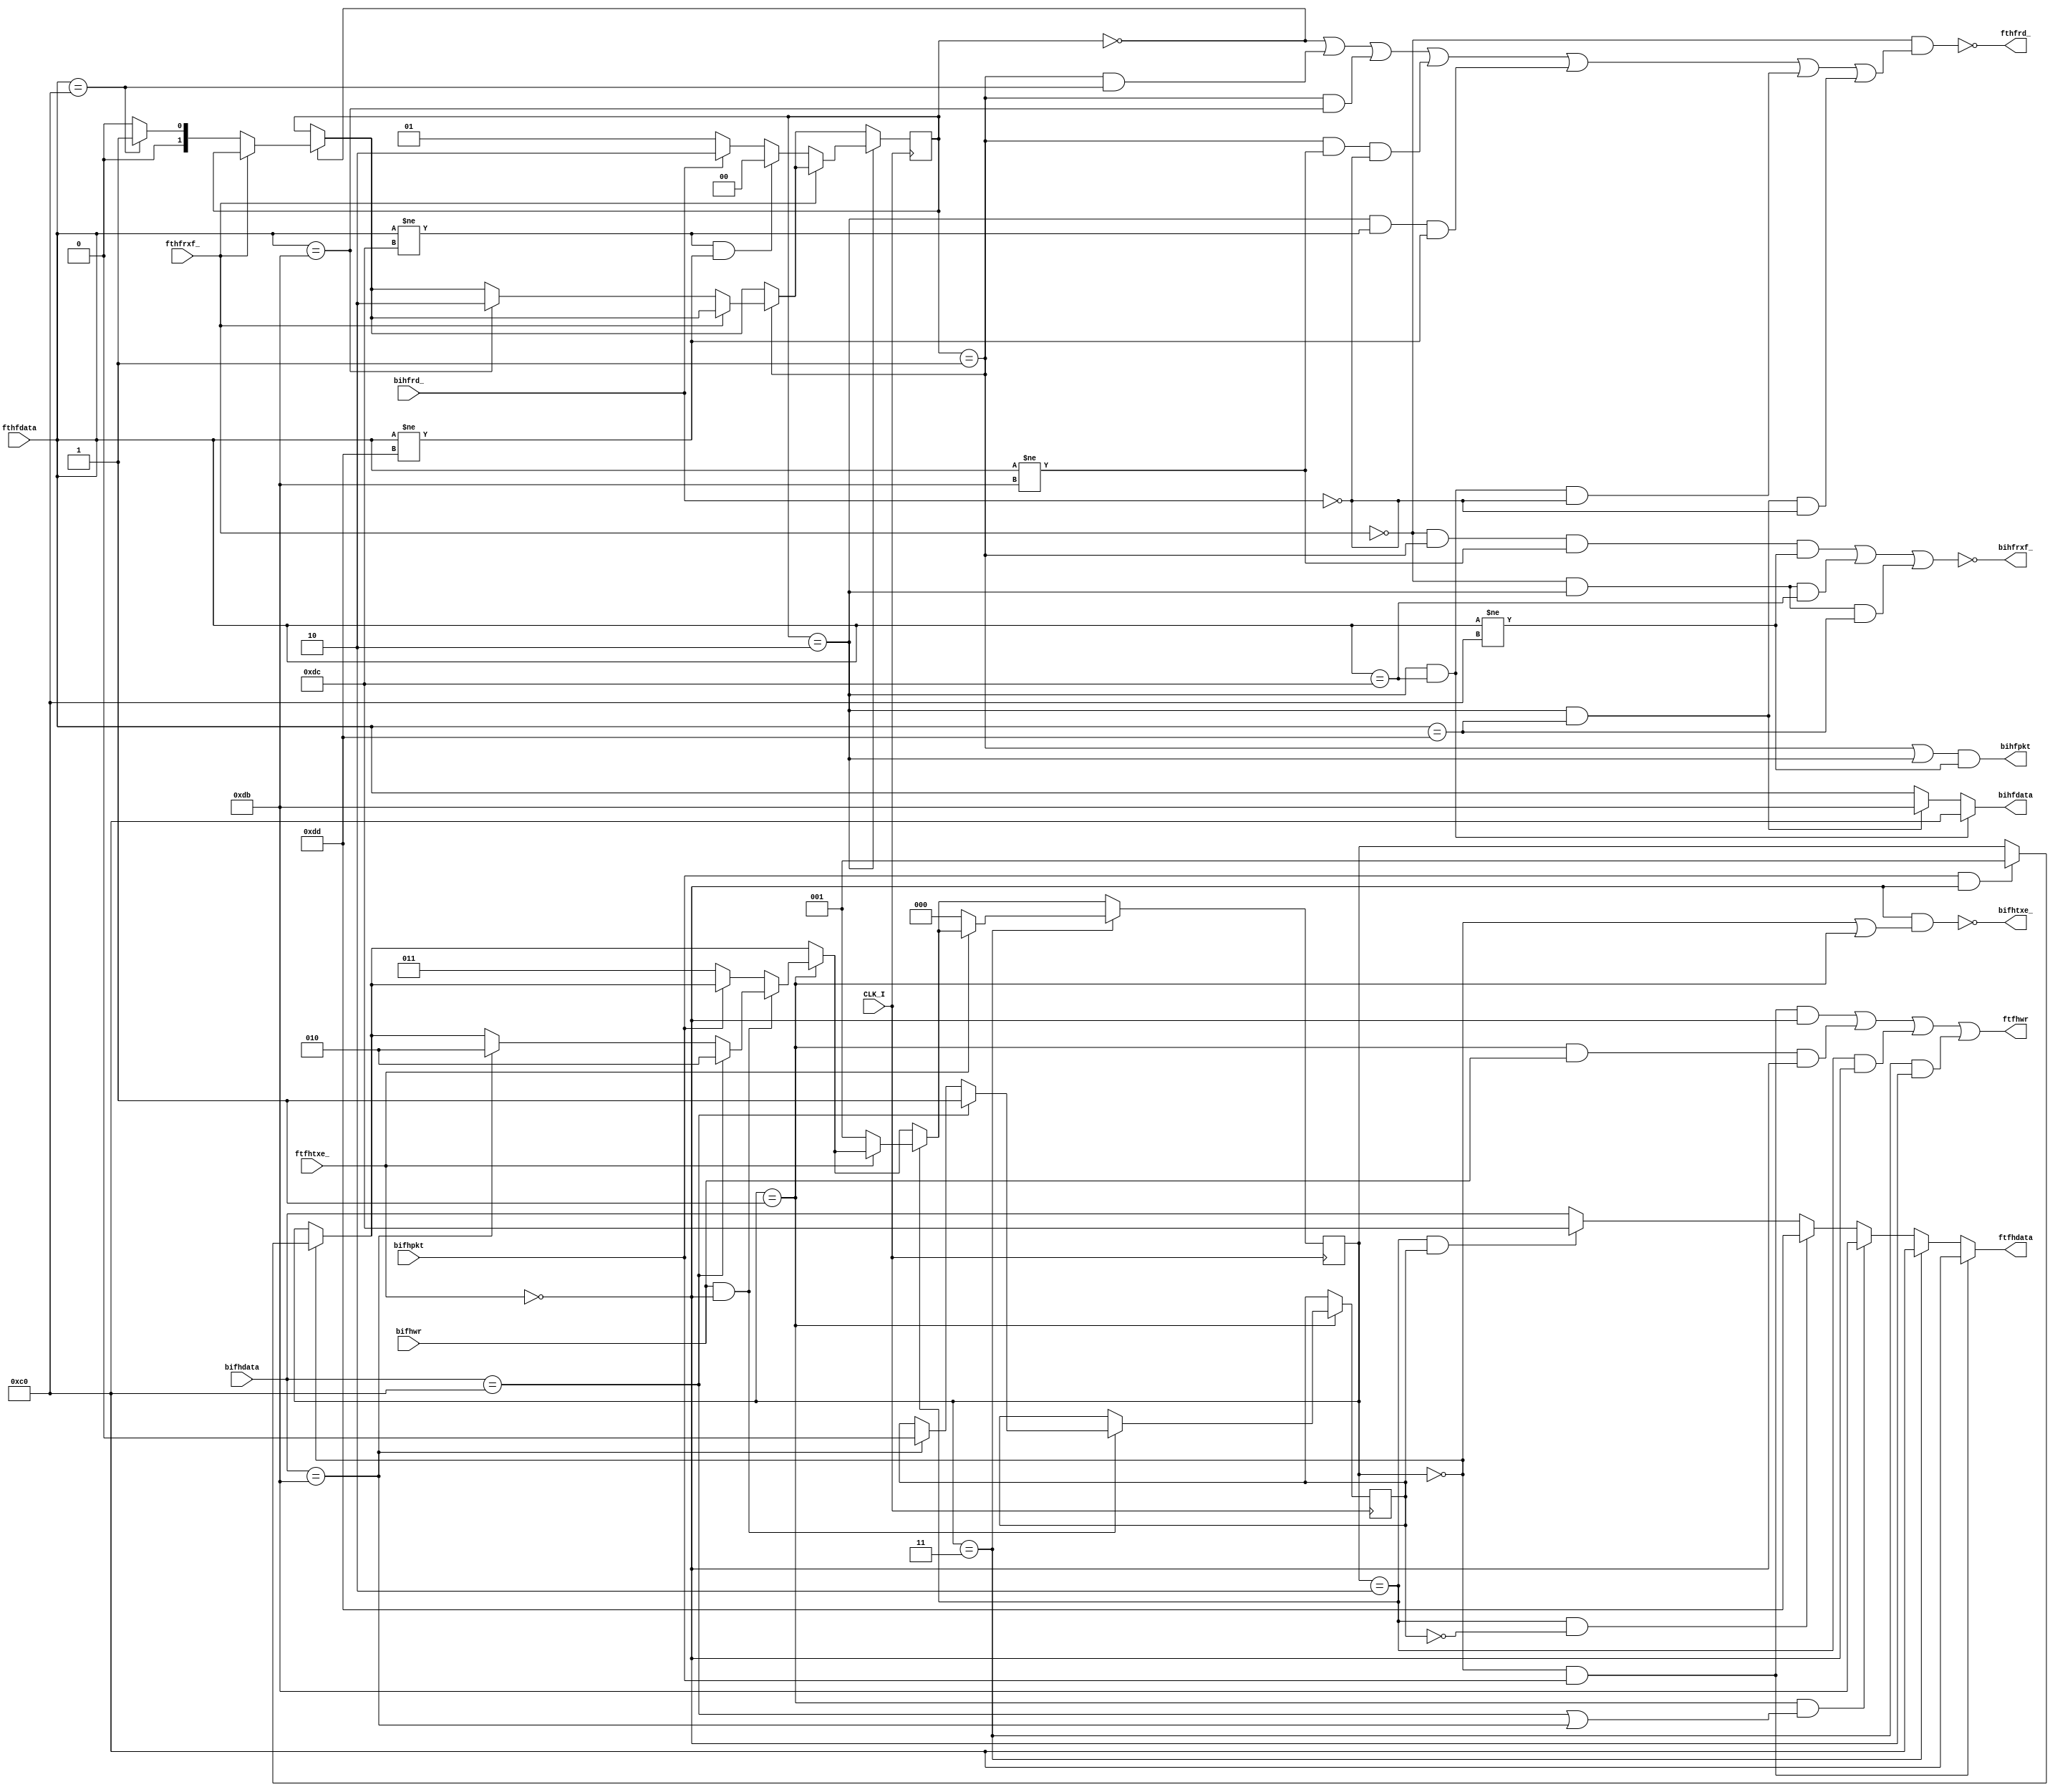
// *********************************************************
// Copyright (c) 2020 Demand Peripherals, Inc.
// 
// This file is licensed separately for private and commercial
// use.  See LICENSE.txt which should have accompanied this file
// for details.  If LICENSE.txt is not available please contact
// support@demandperipherals.com to receive a copy.
// 
// In general, you may use, modify, redistribute this code, and
// use any associated patent(s) as long as
// 1) the above copyright is included in all redistributions,
// 2) this notice is included in all source redistributions, and
// 3) this code or resulting binary is not sold as part of a
//    commercial product.  See LICENSE.txt for definitions.
// 
// DPI PROVIDES THE SOFTWARE "AS IS," WITHOUT WARRANTIES OR
// CONDITIONS OF ANY KIND, EITHER EXPRESS OR IMPLIED, INCLUDING
// WITHOUT LIMITATION ANY WARRANTIES OR CONDITIONS OF TITLE,
// NON-INFRINGEMENT, MERCHANTABILITY, OR FITNESS FOR A PARTICULAR
// PURPOSE.  YOU ARE SOLELY RESPONSIBLE FOR DETERMINING THE
// APPROPRIATENESS OF USING OR REDISTRIBUTING THE SOFTWARE (WHERE
// ALLOWED), AND ASSUME ANY RISKS ASSOCIATED WITH YOUR EXERCISE OF
// PERMISSIONS UNDER THIS AGREEMENT.
// 
// This software may be covered by US patent #10,324,889. Rights
// to use these patents is included in the license agreements.
// See LICENSE.txt for more information.
// *********************************************************

//////////////////////////////////////////////////////////////////////////
//
//  Description:  This modules converts the data stream to and from
//       a bus interface to a SLIP encoded data stream.  This module
//       sits between the FT245 USB interface and the bus interface
//       module.  Lines going to the bus interface are prefaces with
//       "bi" while those to the FT245 are prefaced with "ft".
//
/////////////////////////////////////////////////////////////////////////

/////////////////////////////////////////////////////////////////////////
//
//  SLIP:
//      SLIP_END is decimal 192,  SLIP_ESC is decimal 219.
//  Rules:
//    -- Start and end a packet with END
//    -- In packet, replace END with ESC, 220
//    -- In packet, replace ESC with ESC, 221
//    -- Error on ESC not followed by 220 or 221, abort packet
//
`define SLIP_END             8'd192
`define SLIP_ESC             8'd219
`define INPKT_END            8'd220
`define INPKT_ESC            8'd221


/////////////////////////////////////////////////////////////////////////
//
//  There are really two separate state machines in this module, one for
//  the SLIP decoder and one for the SLIP encoder.  

//  The major states for the decoder are Waiting_For_Packet_End,
//  In_Packet, and In_ESC.  Waiting_For_Packet_End is the initial state
//  and is used to handle a protocol violations where we just want to
//  abort the current packet.
//
//  Waiting for the end of the current packet
`define HF_WT_END           2'h0
//  In Packet waiting for RXF_ and the interface receiver to empty
`define HF_IN_PKT           2'h1
//  In packet and got an ESC, get next character (should be 220 or 221)
`define HF_IN_ESC           2'h2



//  The convention below is that "ft" refers to the FT245 side of the
//  interface, "bi" refers to the Bus Interface side, "hf" refers to
//  the host-to-FPGA direction, and "fh" refers to the FPGA-to-host
//  direction.  Basically we want to pass the fthf data to the bihf
//  side and the bifh data to the ftfh side.  
//
module slip(CLK_I, fthfdata, fthfrxf_, fthfrd_, bihfdata, bihfrxf_, bihfrd_, bihfpkt,
            ftfhdata, ftfhtxe_, ftfhwr, bifhdata, bifhtxe_, bifhwr, bifhpkt);
    input  CLK_I;            // system clock
    // FT245 side in the host-to-FPGA direction
    input  [7:0] fthfdata;   // Data in from the FT245
    input  fthfrxf_;         // Receiver full (not) at fthf port.  Data valid
    output fthfrd_;          // Read the new data, latch on clk rising edge
    // Bus Interface side in the host-to-FPGA direction
    output [7:0] bihfdata;   // Data out to the bus interface
    output bihfrxf_;         // Receiver full (not) at bihf port
    input  bihfrd_;          // Read the new data, latched on clk rising edge
    output bihfpkt;          // ==1 if in a packet.  Rising edge == new pkt
    // FT245 side in the FPGA-to-host direction
    output [7:0] ftfhdata;   // Data out to the FT245
    input  ftfhtxe_;         // Transmitter empty (not) at ftfh port
    output ftfhwr;           // Write the new data, latch on clk rising edge
    // Bus Interface side in the FPGA-to-host direction
    input  [7:0] bifhdata;   // Data in from the bus interface
    output bifhtxe_;         // Transmitter empty (not) at bifh port
    input  bifhwr;           // Take the new data, latched on clk rising edge
    input  bifhpkt;          // ==1 if in a packet.  Rising edge == new pkt

    reg  [1:0] hfstate;      // state of the host-to-FPGA data path

    initial
    begin
        hfstate = `HF_WT_END;    // clear out garbage in the USB fifo
    end


    //  The host-to-FPGA path has a SLIP decoder
    always @(posedge CLK_I)
    begin
        //  Waiting for the end of the current packet
        if (hfstate == `HF_WT_END)
        begin
            if (fthfrxf_ == 0)
            begin
                hfstate <= (fthfdata == `SLIP_END) ? `HF_IN_PKT : `HF_WT_END;
            end
        end
        //  In Packet waiting for new character from the Host to the Fpga 
        if (hfstate == `HF_IN_PKT)
        begin
            if (fthfrxf_ == 0)
            begin
                if (fthfdata == `SLIP_ESC)
                    hfstate <= `HF_IN_ESC;
            end
        end
        //  In packet and got an ESC, get next character (should be 220 or 221)
        if (hfstate == `HF_IN_ESC)
        begin
            if (fthfrxf_ == 0)
            begin
                if ((fthfdata != `INPKT_END) && (fthfdata != `INPKT_ESC))
                begin
                    hfstate <= `HF_WT_END;
                end
                else
                    hfstate <= (bihfrd_ == 0) ? `HF_IN_PKT : `HF_IN_ESC;
            end
        end
    end

    assign bihfpkt = (((hfstate == `HF_IN_PKT) || (hfstate == `HF_IN_ESC)) && (fthfdata != `SLIP_END));
    assign bihfdata = (((hfstate == `HF_IN_ESC) && (fthfdata == `INPKT_END)) ?  `SLIP_END :
                       (((hfstate == `HF_IN_ESC) && (fthfdata == `INPKT_ESC)) ?  `SLIP_ESC :
                       fthfdata));
    assign fthfrd_ = ~((fthfrxf_ == 0) &&
                       ((hfstate == `HF_WT_END) ||
                        ((hfstate == `HF_IN_PKT) && (fthfdata == `SLIP_END)) ||
                        ((hfstate == `HF_IN_PKT) && (fthfdata == `SLIP_ESC)) ||
                        ((hfstate == `HF_IN_PKT) && (fthfdata != `SLIP_ESC) && (bihfrd_ == 0)) ||
                        ((hfstate == `HF_IN_ESC) && (fthfdata != `INPKT_END) && (fthfdata != `INPKT_ESC)) ||
                        ((hfstate == `HF_IN_ESC) && (fthfdata == `INPKT_END) && (bihfrd_ == 0)) ||
                        ((hfstate == `HF_IN_ESC) && (fthfdata == `INPKT_ESC) && (bihfrd_ == 0)) 
                       ));
    assign bihfrxf_ = ~(((fthfrxf_ == 0) && (hfstate == `HF_IN_PKT) && (fthfdata != `SLIP_ESC)
                                                                && (fthfdata != `SLIP_END)) ||
                        ((fthfrxf_ == 0) && (hfstate == `HF_IN_ESC) && (fthfdata == `INPKT_END)) ||
                        ((fthfrxf_ == 0) && (hfstate == `HF_IN_ESC) && (fthfdata == `INPKT_ESC)));



//////////////////////////////////////////////////////////////////////////
//
//  The encoder is completely separate from the decoder given above.  As
//  such we define all of the states and flow here.
//
//  The major states for the encoder are Waiting_For_Packet_Start,
//  In_Packet, and In_ESC.
//
//  Waiting for a packet start signal from the bus interface
`define FH_IDLE             0
//  In Packet waiting for a character from the bus interface
`define FH_WT_CHAR          1
//  Got a bus interface char and it requires an escape sequence
`define FH_SN_ESC           2
//  Lost the In_packet signal. Sending the SLIP_END terminator
`define FH_SN_END           3

//  These are the registers unique to the SLIP encoder
    reg  [2:0] fhstate;      // state of the FPGA-to-host data path
    reg  esctype;            // ==0 for ESC/END,  ==1 for ESC/ESC


    initial
    begin
        fhstate = `FH_IDLE;      // wait for new packet from the FPGA
    end

    always @(posedge CLK_I)
    begin
        // input  [7:0] bifhdata;   // Data in from the bus interface
        // input  ftfhtxe_;         // Transmitter empty (not) at ftfh port
        // input  bifhpkt;          // ==1 if in a packet.  Rising edge == new pkt
        // input  bifhwr;           // Take the new data, latched on clk rising edge
        if (fhstate == `FH_IDLE)
        begin
            if ((bifhpkt == 1) && (ftfhtxe_ == 0))
            begin
                fhstate <= `FH_WT_CHAR;
            end
        end
        if (fhstate == `FH_WT_CHAR)
        begin
            if ((bifhwr == 1) && (ftfhtxe_ == 0)) // data to send but what kind?
            begin
                if (bifhdata == `SLIP_END)
                begin
                    esctype <= 1;    // ==1 for ESC/END
                    fhstate <= `FH_SN_ESC;      // sending escape sequence
                end
                else if (bifhdata == `SLIP_ESC)
                begin
                    esctype <= 0;    // ==0 for ESC/ESC
                    fhstate <= `FH_SN_ESC;      // sending escape sequence
                end
            end
            else if (bifhpkt == 0)
                fhstate <= `FH_SN_END;
        end
        if (fhstate == `FH_SN_ESC)               // Sending protocol character
        begin
            if (ftfhtxe_ == 0)
            begin
                fhstate <= `FH_WT_CHAR;
            end
        end
        if (fhstate == `FH_SN_END)               // Sending packet end character
        begin
            if (ftfhtxe_ == 0)
            begin
                fhstate <= `FH_IDLE;
            end
        end
    end

       // Data out to the FT245
    assign ftfhdata = ((fhstate == `FH_IDLE) && (bifhpkt == 1)) ? `SLIP_END :
                      (fhstate == `FH_SN_END) ? `SLIP_END :
                      ((fhstate == `FH_WT_CHAR) && 
                       ((bifhdata == `SLIP_END) || (bifhdata == `SLIP_ESC))) ? `SLIP_ESC :
                      ((fhstate == `FH_SN_ESC) && (esctype == 0)) ? `INPKT_ESC :
                      ((fhstate == `FH_SN_ESC) && (esctype == 1)) ? `INPKT_END :
                       bifhdata ;

           // Write the new data, latch on clk rising edge
    assign ftfhwr   = ((fhstate == `FH_IDLE) && (bifhpkt == 1) && (ftfhtxe_ == 0)) ||
                      ((fhstate == `FH_WT_CHAR) && (bifhwr == 1) && (ftfhtxe_ == 0)) ||
                      ((fhstate == `FH_SN_ESC) && (ftfhtxe_ == 0))  ||
                      ((fhstate == `FH_SN_END) && (ftfhtxe_ == 0)) ;

           // Transmitter empty (not) at bifh port
    assign bifhtxe_ = ~((ftfhtxe_ == 0) && ((fhstate == `FH_IDLE) || (fhstate == `FH_WT_CHAR)));

endmodule